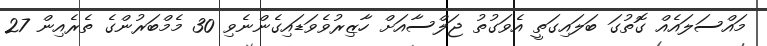
މައްސަލައެއް ގޮތުގަ ބަލައިގަތީ އެވަގުތު ޖަލްސާއަށް ހާޒިރުވެވަޑައިގެންނެވި 30 މެމްބަރުންގެ ތެރެއިން 27